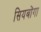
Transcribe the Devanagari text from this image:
सियबोंगा